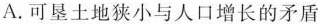
A.可垦土地狭小与人口增长的矛盾